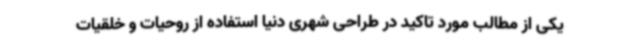
یکی از مطالب مورد تاکید در طراحی شهری دنیا استفاده از روحیات و خلقیات